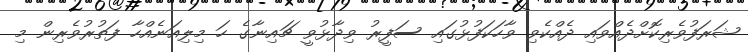
ޝަރަފުވެރިކޮށްދެއްވައި ދެއްކެވި ވާހަކަފުޅުގައި ސަފީރު ވިދާޅުވީ ޗައިނާގެ ހަ މިލިއަނެއްހާ ފަތުރުވެރިން މި